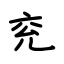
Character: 兖